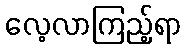
လေ့လာကြည့်ရာ